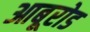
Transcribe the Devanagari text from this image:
आबूरोड